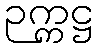
ဉက္ကဋ္ဌ